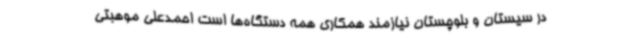
در سیستان و بلوچستان نیازمند همکاری همه دستگاه‌ها است احمدعلی موهبتی